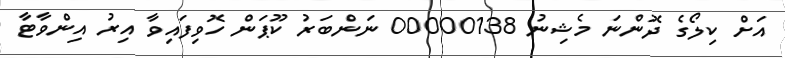
އަށް ކިލޯގެ ދޮންނަ މެޝިނު 00000138 ނަންބަރު ކޫޕަން ހޮވިފައިވާ އިރު އިންވާޓާ